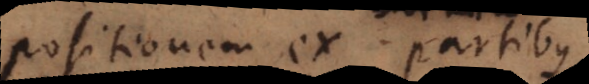
compositionem ex partibus,